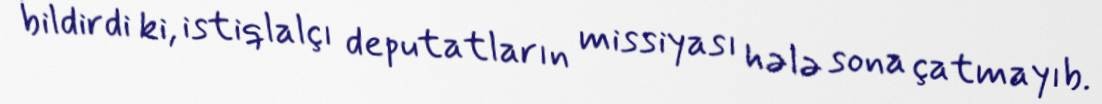
bildirdi ki, istiqlalçı deputatların missiyası hələ sona çatmayıb.